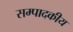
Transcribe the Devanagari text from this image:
सम्‍पादकीय